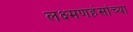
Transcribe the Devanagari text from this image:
लक्ष्मणहंसांच्या